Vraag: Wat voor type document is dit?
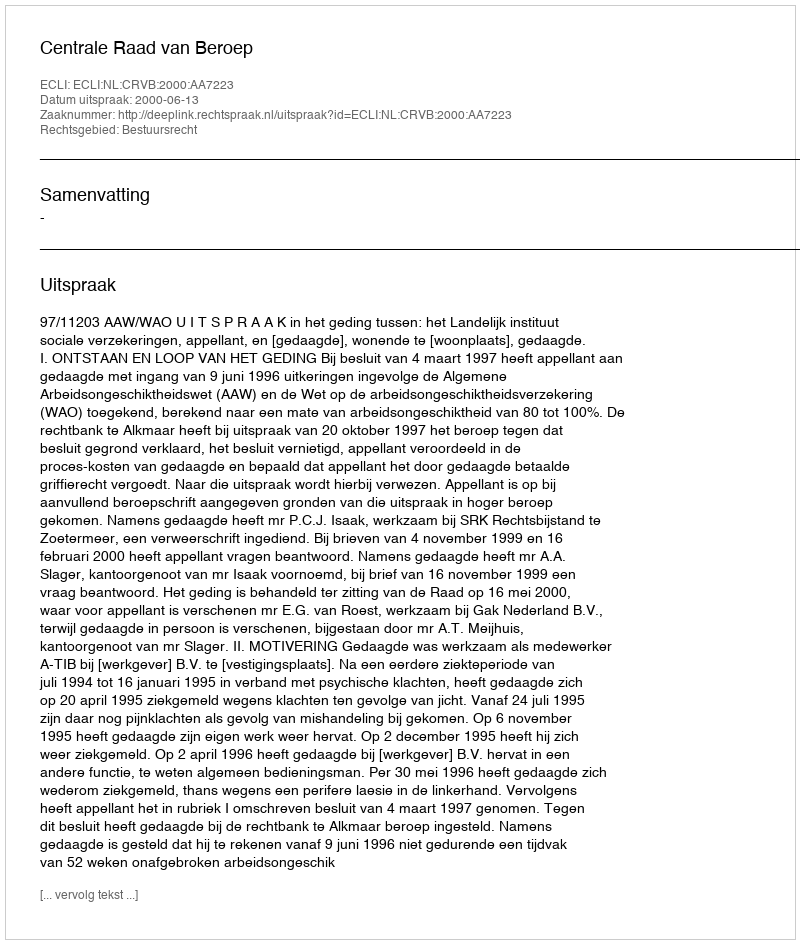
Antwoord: Uitspraak